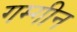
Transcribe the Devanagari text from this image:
गम्गीन